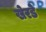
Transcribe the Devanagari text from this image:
खेरडे